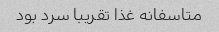
متاسفانه غذا تقریبا سرد بود